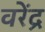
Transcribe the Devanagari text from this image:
वरेंद्र